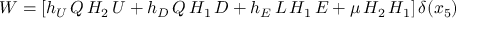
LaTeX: W = \left[ h _ { U } \, Q \, H _ { 2 } \, U + h _ { D } \, Q \, H _ { 1 } \, D + h _ { E } \, L \, H _ { 1 } \, E + \mu \, H _ { 2 } \, H _ { 1 } \right] \delta ( x _ { 5 } )